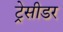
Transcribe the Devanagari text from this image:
ट्रेसीडर